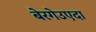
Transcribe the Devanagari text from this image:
बेरगेउएदा